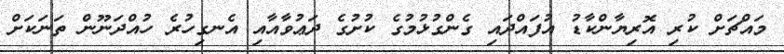
މައްޗަށް ކުރި އޮރިޔާންކާޑު އުފައްދައި ގެންގުޅުމުގެ ކުށުގެ ދަޢުވާއާއި އެނގިހުރެ ހުއްދަނޫން ތަނަކަށް